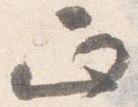
正